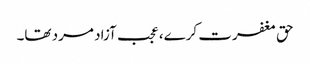
حق مغفرت کرے، عجب آزاد مرد تھا۔